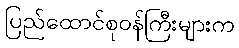
ပြည်ထောင်စုဝန်ကြီးများက